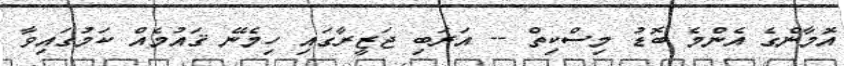
އޮމާންގެ އެންމެ ބޮޑު މިސްކިތް -- އަރަބި ޖަޒީރާގައި ހިމެނޭ ޤައުމެއް ކަމުގައިވާ